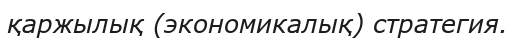
қаржылық (экономикалық) стратегия.